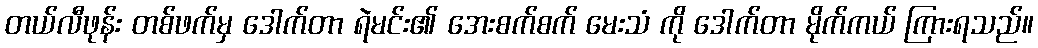
တယ်လီဖုန်း တစ်ဖက်မှ ဒေါက်တာ ရဲမင်း၏ အေးစက်စက် မေးသံ ကို ဒေါက်တာ မိုက်ကယ် ကြားရသည်။